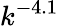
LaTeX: k^{-4.1}